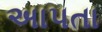
અાપતા